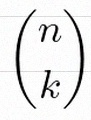
\binom{n}{k}